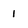
Character: 1